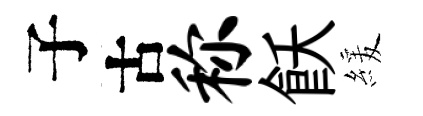
子古称飫緩